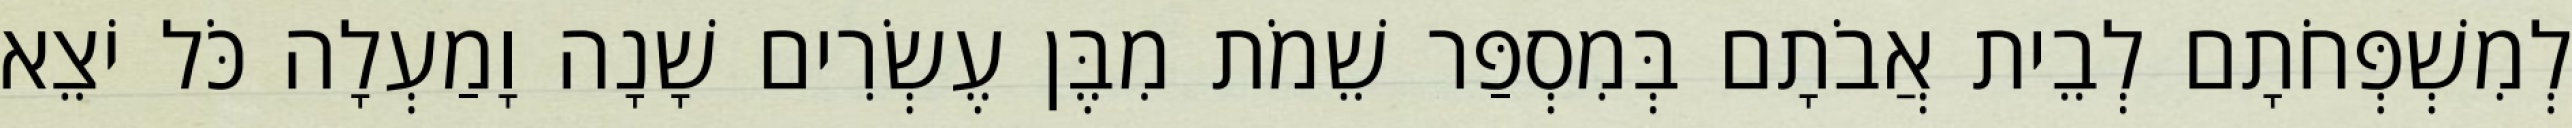
לְמִשְׁפְּחֹתָם לְבֵית אֲבֹתָם בְּמִסְפַּר שֵׁמֹת מִבֶּן עֶשְׂרִים שָׁנָה וָמַעְלָה כֹּל יֹצֵא